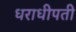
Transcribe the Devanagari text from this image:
धराधीपती